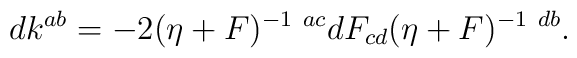
dk^{ab} =- 2 (\eta +F)^{-1~ac} dF_{cd}  (\eta +F)^{-1~db} .